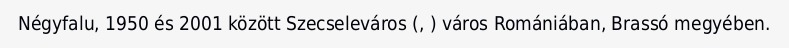
Négyfalu, 1950 és 2001 között Szecseleváros (, ) város Romániában, Brassó megyében.